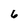
Character: 6